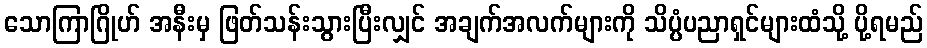
သောကြာဂြိုဟ် အနီးမှ ဖြတ်သန်းသွားပြီးလျှင် အချက်အလက်များကို သိပ္ပံပညာရှင်များထံသို့ ပို့ရမည်